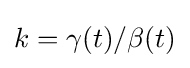
k=\gamma (t)/\beta (t)